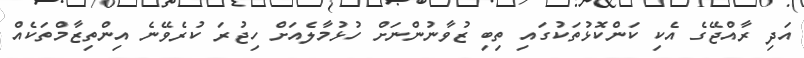
އަދި ރާއްޖޭގެ އެކި ކަންކޮޅުތަކުގައި ތިބި ޒުވާނުންނަށް ހުޅުމާލެއަށް ހިޖުރަ ކުރެވޭނެ އިންތިޒާމްތަކެއް